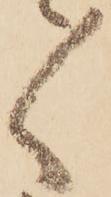
〃